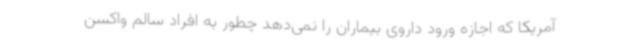
آمریکا که اجازه ورود داروی بیماران را نمی‌دهد چطور به افراد سالم واکسن